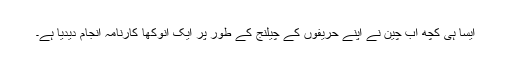
ایسا ہی کچھ اب چین نے اپنے حریفوں کے چیلنج کے طور پر ایک انوکھا کارنامہ انجام دیدیا ہے۔